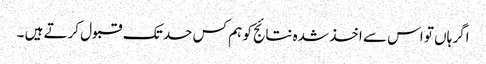
اگر ہاں تو اس سے اخذ شدہ نتائج کو ہم کس حد تک قبول کرتے ہیں ۔